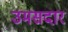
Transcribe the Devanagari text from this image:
उमसदार